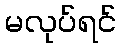
မလုပ်ရင်